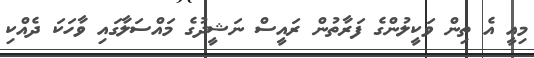
މިއީ އެ ތިން ވަކީލުންގެ ފަރާތުން ރައީސް ނަޝީދުގެ މައްސަލާގައި ވާހަކަ ދެއްކި